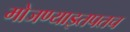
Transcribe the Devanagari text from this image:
मोजण्याइतपतच